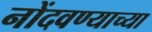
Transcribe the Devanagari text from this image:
नोंदवण्याच्या